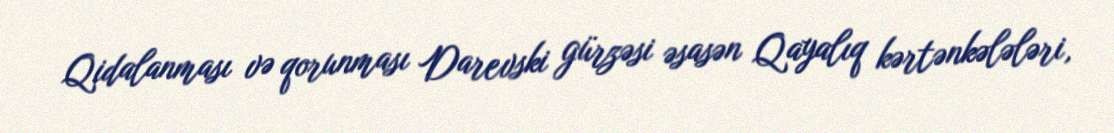
Qidalanması və qorunması Darevski gürzəsi əsasən Qayalıq kərtənkələləri,